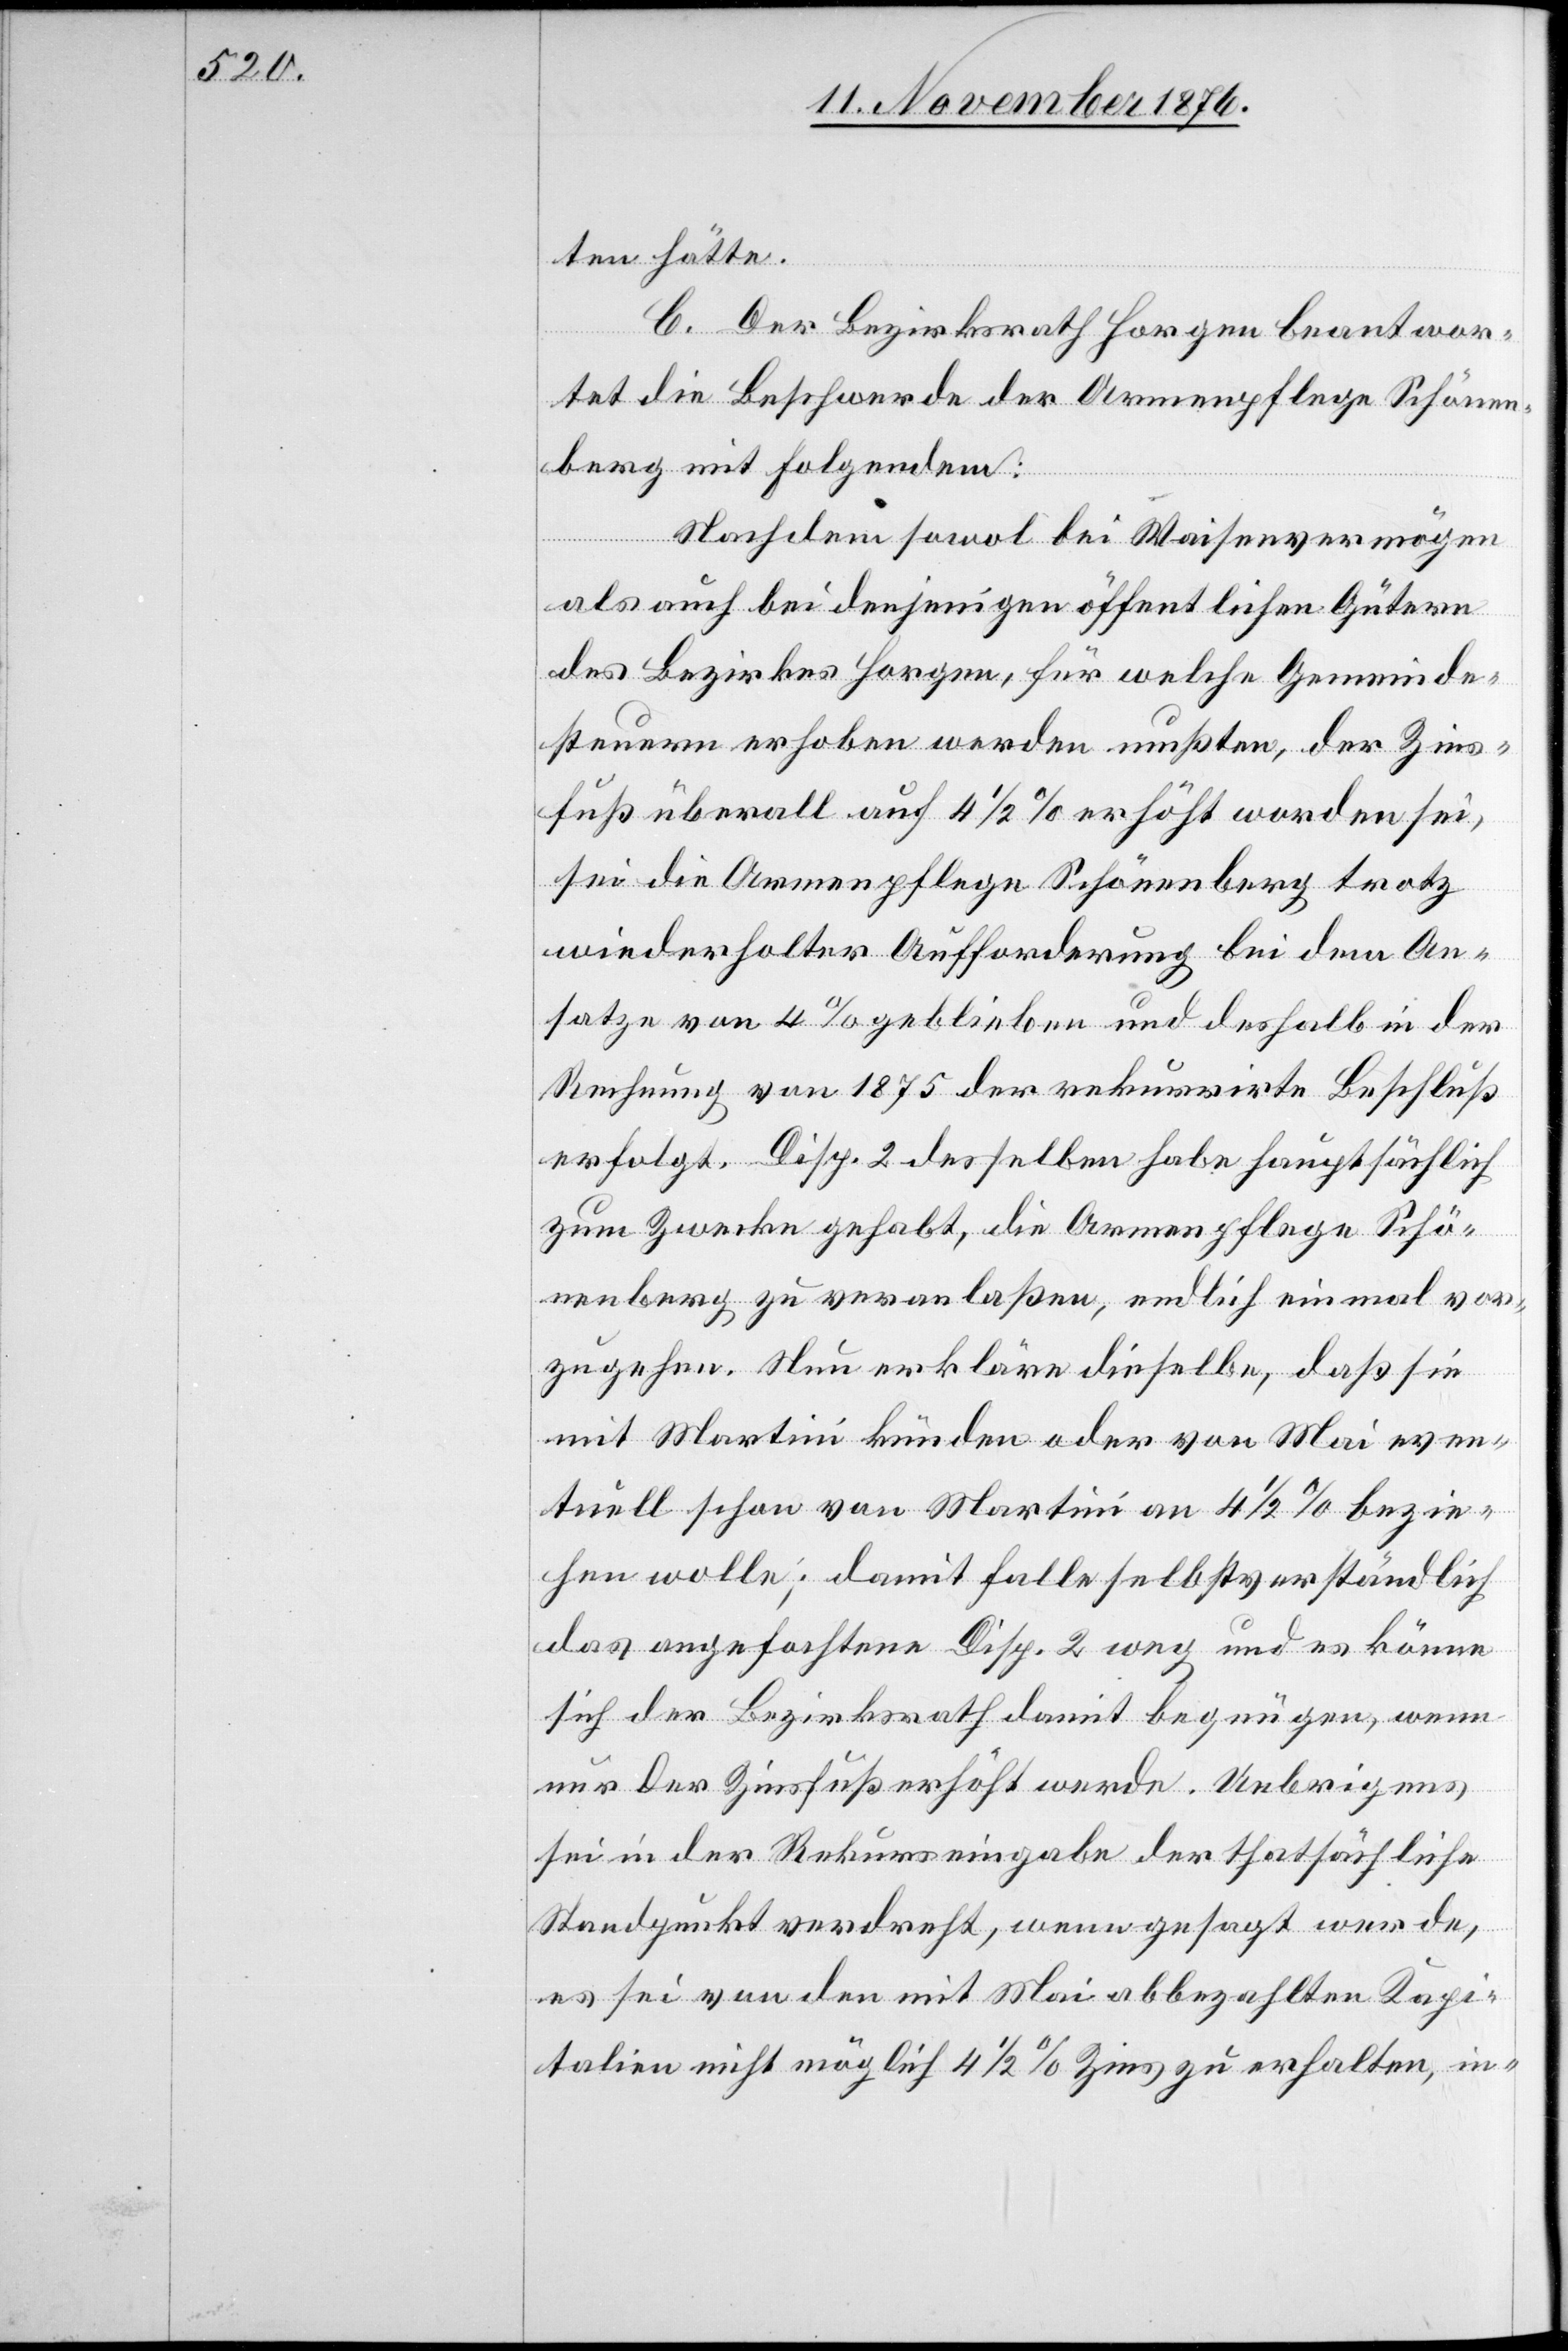
ten hätte.
C. Der Bezirksrath Horgen beantwor¬
tet die Beschwerde der Armenpflege Schönen¬
berg mit Folgendem:
Nachdem sowol bei Waisenvermögen
als auch bei denjenigen öffentlichen Gütern
des Bezirkes Horgen, für welche Gemeinde¬
steuern erhoben werden mußten, der Zins¬
fuß überall auf 4 1/2% erhöht worden sei,
sei die Armenpflege Schönenberg trotz
wiederholter Aufforderung bei dem An¬
satze von 4% geblieben und deshalb in der
Rechnung von 1875 der rekurrirte Beschluß
erfolgt. Disp. 2 desselben habe hauptsächlich
zum Zwecke gehabt, die Armenpflege Schö¬
nenberg zu veranlaßen, endlich einmal vor¬
zugehen. Nun erkläre dieselbe, daß sie
mit Martini künden oder von Mai even¬
tuell schon von Martini an 4 1/2% bezie¬
hen wolle; damit falle selbstverständlich
das angefochtene Disp. 2 weg und es könne
sich der Bezirksrath damit begnügen, wenn
nur der Zinsfuß erhöht werde. Uebrigens
sei in der Rekurseingabe der thatsächliche
Standpunkt verdreht, wenn gesagt werde,
es sei von den mit Mai abbezahlten Kapi¬
talien nicht möglich 4 1/2% zu erhalten, in-